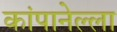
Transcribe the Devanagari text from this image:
कांपानेल्ला